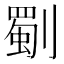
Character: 劅